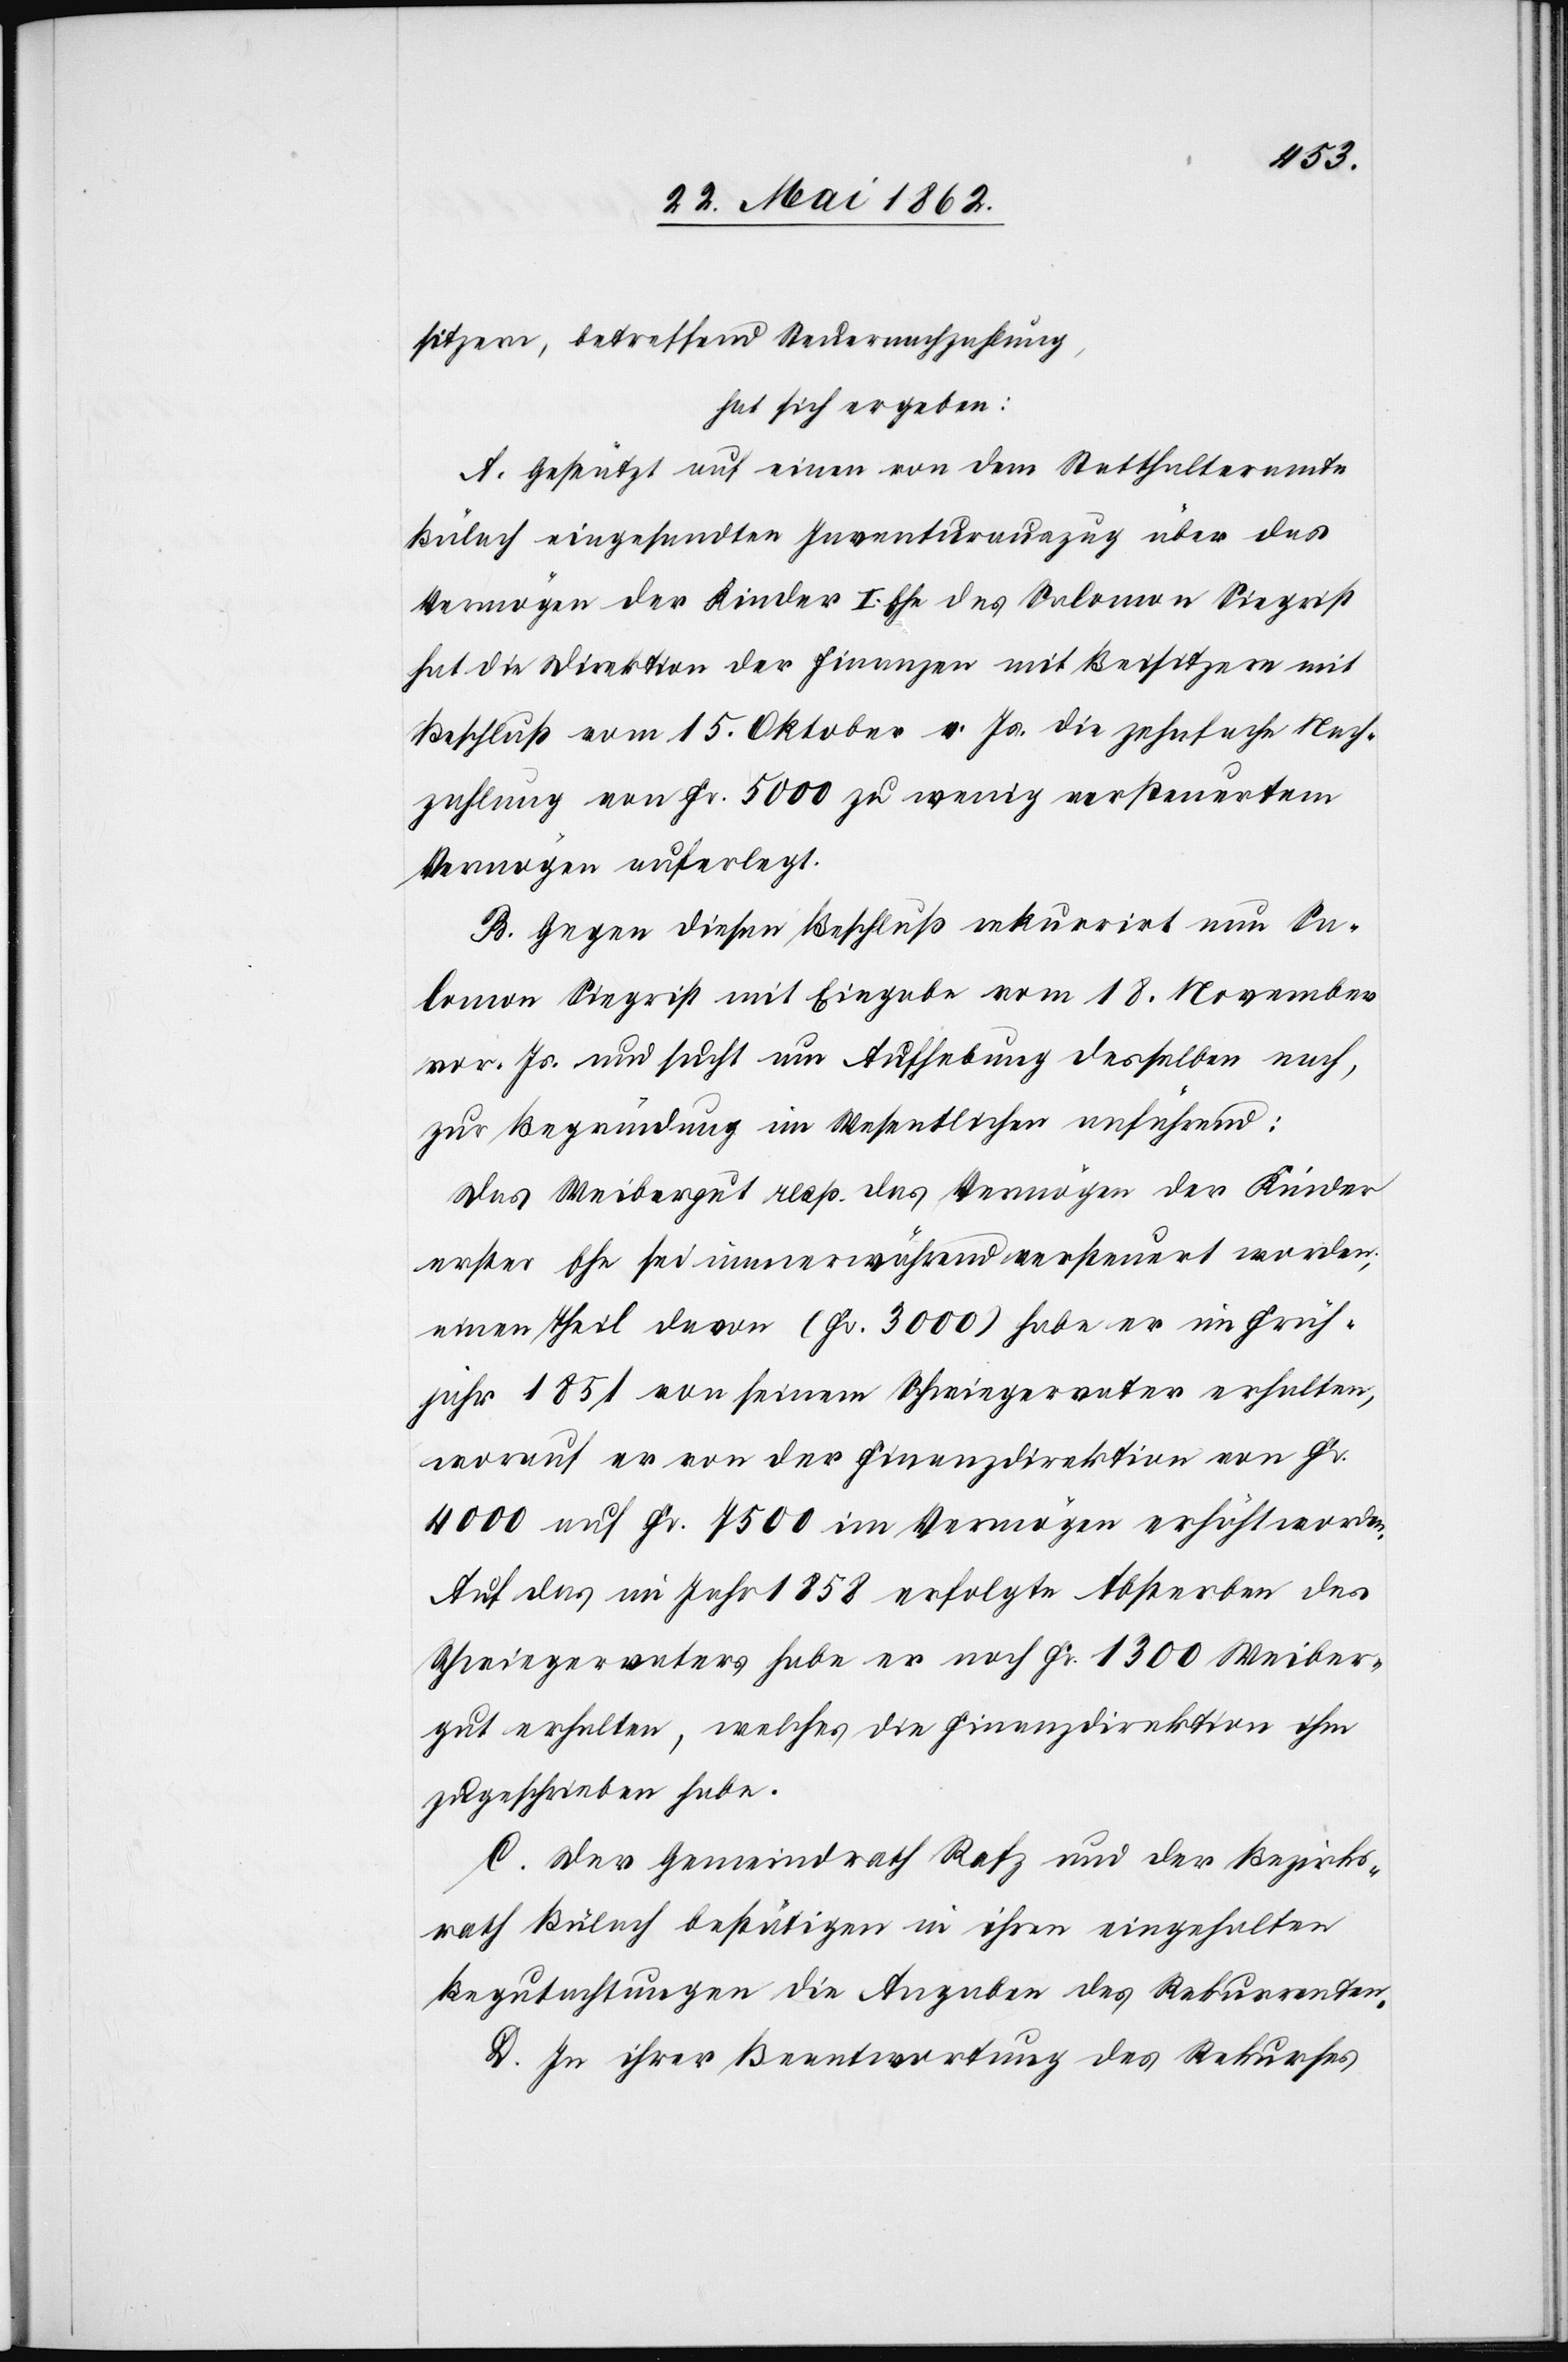
sitzern, betreffend Steuernachzahlung,
hat sich ergeben:
A. Gestützt auf einen von dem Statthalteramte
Bülach eingesandten Inventurauszug über das
Vermögen der Kinder I. Ehe des Salomon Siegrist
hat die Direktion der Finanzen mit Beisitzern mit
Beschluß vom 15. Oktober v. Js. die zehnfache Nach¬
zahlung von Fr. 5000 zu wenig versteuertem
Vermögen auferlegt.
B. Gegen diesen Beschluß rekurrirt nun Sa¬
lomon Siegrist mit Eingabe vom 18. November
vor. Js. und sucht um Aufhebung desselben nach,
zur Begründung im Wesentlichen anführend:
Das Weibergut resp. das Vermögen der Kinder
erster Ehe sei immerwährend versteuert worden,
einen Theil davon (Fr. 3000) habe er im Früh¬
jahr 1851 von seinem Schwiegervater erhalten,
worauf er von der Finanzdirektion von Fr.
4000 auf Fr. 7500 im Vermögen erhöht worden.
Auf das im Jahr 1858 erfolgte Absterben des
Schwiegervaters habe er noch Fr. 1300 Weiber¬
gut erhalten, welches die Finanzdirektion ihm
zugeschrieben habe.
C. Der Gemeindrath Rafz und der Bezirks¬
rath Bülach bestätigen in ihren eingeholten
Begutachtungen die Angaben des Rekurrenten.
D. In ihrer Beantwortung des Rekurses